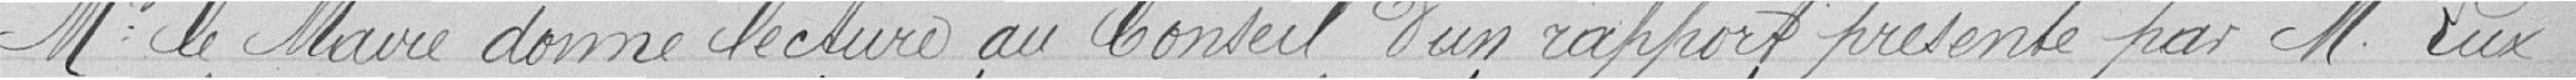
Monsieur le Maire donne lecture au Conseil d'un rapport présenté par Monsieur Lux